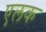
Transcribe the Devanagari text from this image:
एलक